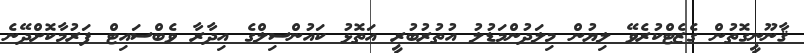
ޤާނޫނީގޮތުން ގެޒެޓްކުރެވޭ ލިޔުން މިލަދުންމަޑުލު އުތުރުބުރީ އަތޮޅު ކައުންސިލްގެ އިދާރާ ވެބްސައިޓް ފަރުމާކޮށްދޭނެ